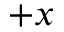
+ x